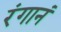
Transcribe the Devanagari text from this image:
रंगानं